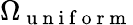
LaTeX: \Omega_{\mathrm{~u~n~i~f~o~r~m~}}